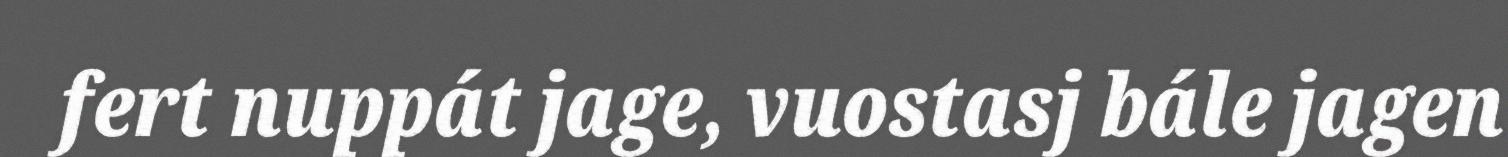
fert nuppát jage, vuostasj bále jagen